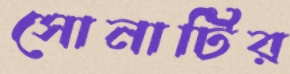
সোনাটির